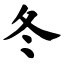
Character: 冬